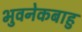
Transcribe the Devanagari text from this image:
भुवनेकबाहु